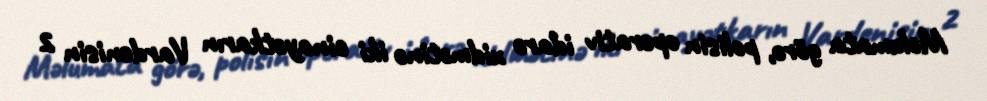
Məlumata görə, polisin operativ idarə xidmətinə iki cinayətkarın Vardenisin 2